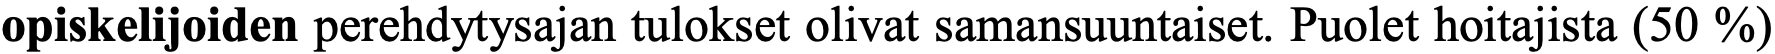
opiskelijoiden perehdytysajan tulokset olivat samansuuntaiset. Puolet hoitajista (50 %)